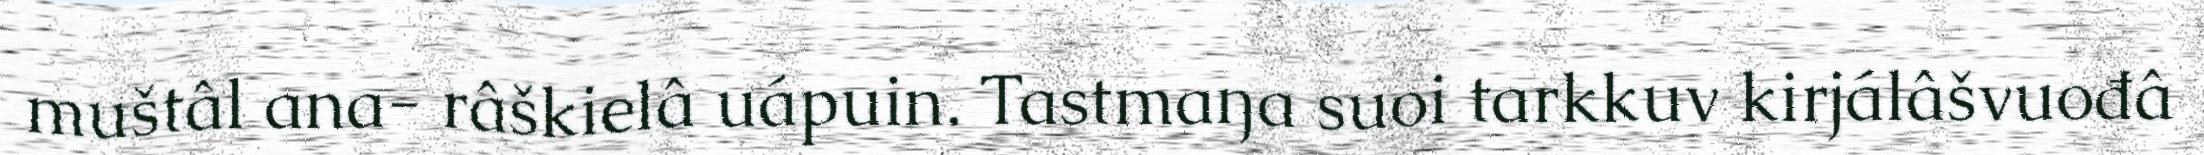
muštâl ana- râškielâ uápuin. Tastmaŋa suoi tarkkuv kirjálâšvuođâ